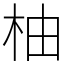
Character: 柚